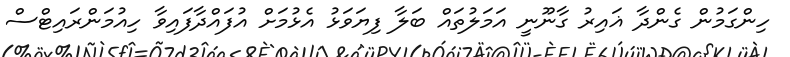
ހިންގަމުން ގެންދާ ޣައިރު ގާނޫނީ އަމަލުތައް ބަލާ ފިޔަވަޅު އެޅުމަށް އުފައްދާފައިވާ ހިއުމަންރައިޓްސް